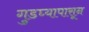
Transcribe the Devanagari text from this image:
गुडघ्यापासून